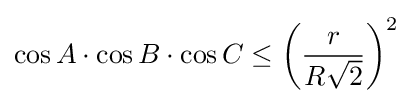
\cos A\cdot \cos B\cdot \cos C\leq \left({\frac {r}{R{\sqrt {2}}}}\right)^{2}